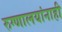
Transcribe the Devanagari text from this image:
रुग्णालयांनाही